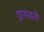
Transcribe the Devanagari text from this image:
प्रणयनी